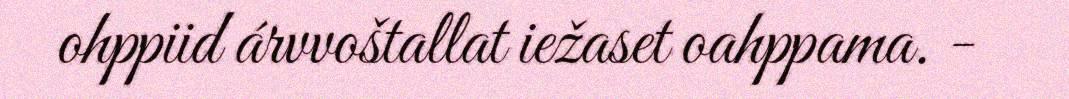
ohppiid árvvoštallat iežaset oahppama. -